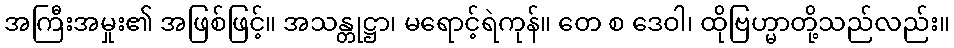
အကြီးအမှုး၏ အဖြစ်ဖြင့်။ အသန္တုဋ္ဌာ၊ မရောင့်ရဲကုန်။ တေ စ ဒေဝါ၊ ထိုဗြဟ္မာတို့သည်လည်း။